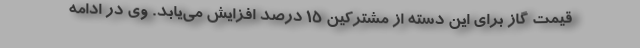
قیمت گاز برای این دسته از مشترکین 15 درصد افزایش می‌یابد. وی در ادامه